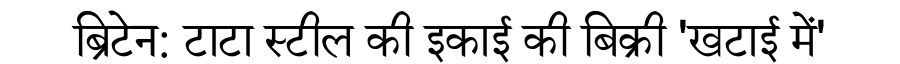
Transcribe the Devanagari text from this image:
ब्रिटेन: टाटा स्टील की इकाई की बिक्री 'खटाई में'